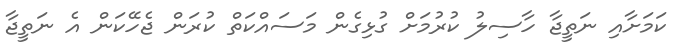
ކަމަށާއި ނަތީޖާ ހާސިލު ކުރުމަށް ގުޅިގެން މަސައްކަތް ކުރަން ޖެހޭކަން އެ ނަތީޖާ